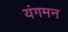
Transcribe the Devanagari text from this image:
यंगमन